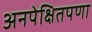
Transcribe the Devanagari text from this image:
अनपेक्षितपणा